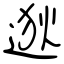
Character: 逖